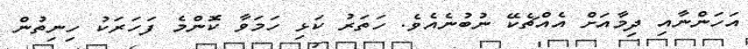
އަހަންނާއި ދިމާއަށް އެއްޗެކޭ ނުބުނެއެވެ. ހަތަރު ކަޅި ހަމަވާ ކޮންމެ ފަހަރަކު ހިިނިތުން